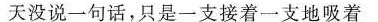
天没有说话，只是一只接着一只地吸着